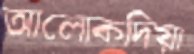
আলোকদিয়া